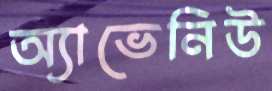
অ্যাভেনিউ